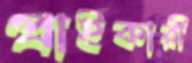
প্রাইকারী